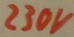
Text: 230V